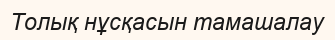
Толық нұсқасын тамашалау